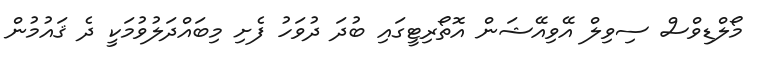
މޯލްޑިވްސް ސިވިލް އޭވިއޭޝަން އޮތޯރިޓީގައި ބުދަ ދުވަހު ފެށި މިބައްދަލުވުމަކީ ދެ ޤައުމުން